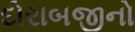
દોરાબજીનો